system: You are a helpful assistant.
user:
Analyze the provided spectrum to determine if it is a **M-type Giant (gM)**.

A M-type Giant spectrum is defined by its **strong molecular absorption** features, particularly from **Titanium Oxide (TiO)**. You must check for one of the following mutually exclusive signatures:

- **Key Visual Indicators (Absorption-Dominated Spectrum):**

    - **(Primary):** The spectrum is dominated by strong molecular absorption from **Titanium Oxide (TiO)**. This is the **defining feature** of its M-type temperature class.
        - **(Key Bandheads):** Look for sharp, "saw-tooth" absorption valleys. The strongest are located near **~7050 Å**, **~6160 Å**, and **~5170 Å**.
        - **(Line Profile):** The "saw-tooth" morphology is critical: a **sharp, steep drop on the BLUE (short-wavelength) side** of the bandhead, followed by a gradual recovery (rising flux) towards the RED (long-wavelength) side.

    - **(Key Confirmation - Giant vs. Dwarf):** **ABSENCE** of strong **Calcium Hydride (CaH)** molecular bands. This is the primary diagnostic for *excluding* M-dwarfs.
        - **(Key Region):** The spectrum should lack the strong, broad absorption band seen in dwarfs between **~6800 Å and ~7000 Å**.

    - **(Secondary Confirmation - Giant):** A very strong and broad **Neutral Calcium (Ca I)** atomic absorption line.
        - **(Key Line):** Located at **~4226 Å**. In a giant (gM), this line is significantly deeper and broader than the same line in an M-dwarf (dM) due to low surface gravity.

    - **(Overall Spectrum):**
        - The continuum is **extremely red-sloping** (i.e., flux is very low in the blue and rises dramatically towards the red).
        - The entire spectrum appears "chopped up" by the deep TiO bands.

Think first, call **spectral_visualization_tool** if needed to examine features in detail, then provide your final answer. Your response must adhere to the following strict rules:
1.  **Overall Structure:** Your response must follow the format `<think>...</think> <tool_call>...</tool_call> (if a tool is used) <answer>...</answer>`.
2.  **Tool Usage Constraint:** You may only make **one** tool call per turn.
3.  **Final Answer Format:** In the `<answer>` tag, your conclusion must be inside a `\boxed{}` command (e.g., `\boxed{YES}` or `\boxed{NO}`), followed by your justification.

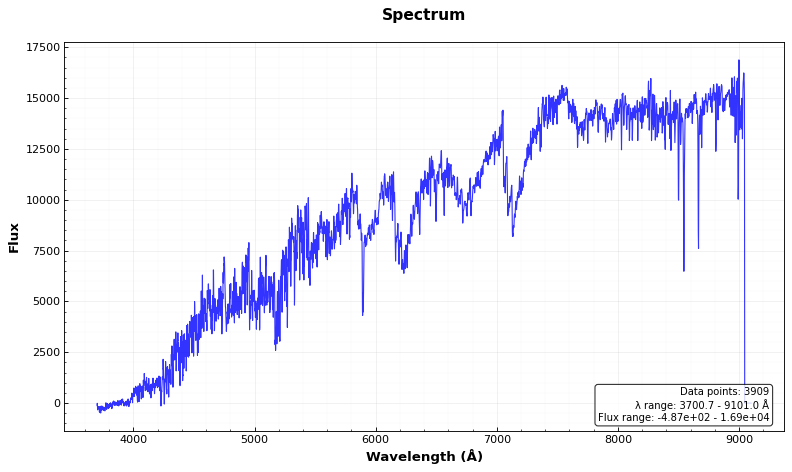
Answer: YES